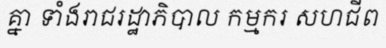
គ្នា ទាំងរាជរដ្ឋាភិបាល កម្មករ សហជីព